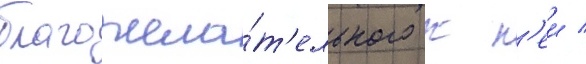
благожела́т'ельного к н'еи /